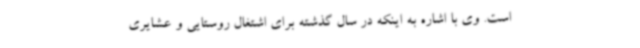
است. وی با اشاره به اینکه در سال گذشته برای اشتغال روستایی و عشایری